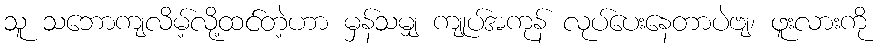
သူ သဘောကျလိမ့်လို့ထင်တဲ့ဟာ မှန်သမျှ ကျုပ်အကုန် လုပ်ပေးနေတာပဲဗျ၊ ဖူးလားကို